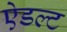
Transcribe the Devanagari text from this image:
ऐडल्ट